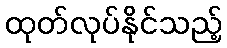
ထုတ်လုပ်နိုင်သည့်